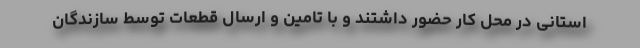
استانی در محل کار حضور داشتند و با تامین و ارسال قطعات توسط سازندگان